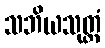
သဘိယသုတ္တံ